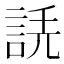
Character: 𧧲